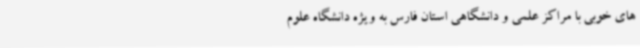
های خوبی با مراکز علمی و دانشگاهی استان فارس به ویژه دانشگاه علوم